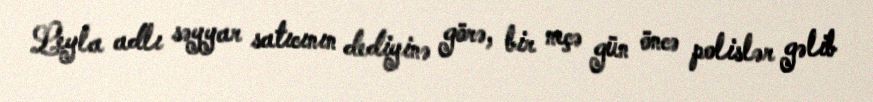
Leyla adlı səyyar satıcının dediyinə görə, bir neçə gün öncə polislər gəlib